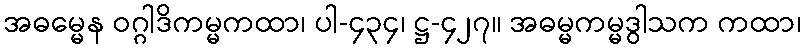
အဓမ္မေန ဝဂ္ဂါဒိကမ္မကထာ၊ ပါ-၄၃၄၊ ဋ္ဌ-၄၂၇။ အဓမ္မကမ္မဒွါသက ကထာ၊